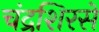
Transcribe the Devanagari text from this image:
चंद्रशिरसे